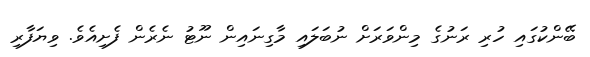
ބޭންކުގައި ހުރި ރަނުގެ މިންވަރަށް ނުބަލައި މާގިނައިން ނޫޓު ނެރެން ފެށިއެވެ. ވިޔަފާރި